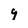
Character: 9